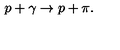
p + \gamma \rightarrow p + \pi .